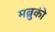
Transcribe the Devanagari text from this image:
मब्रुकी